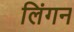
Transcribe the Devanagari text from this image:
लिंगन